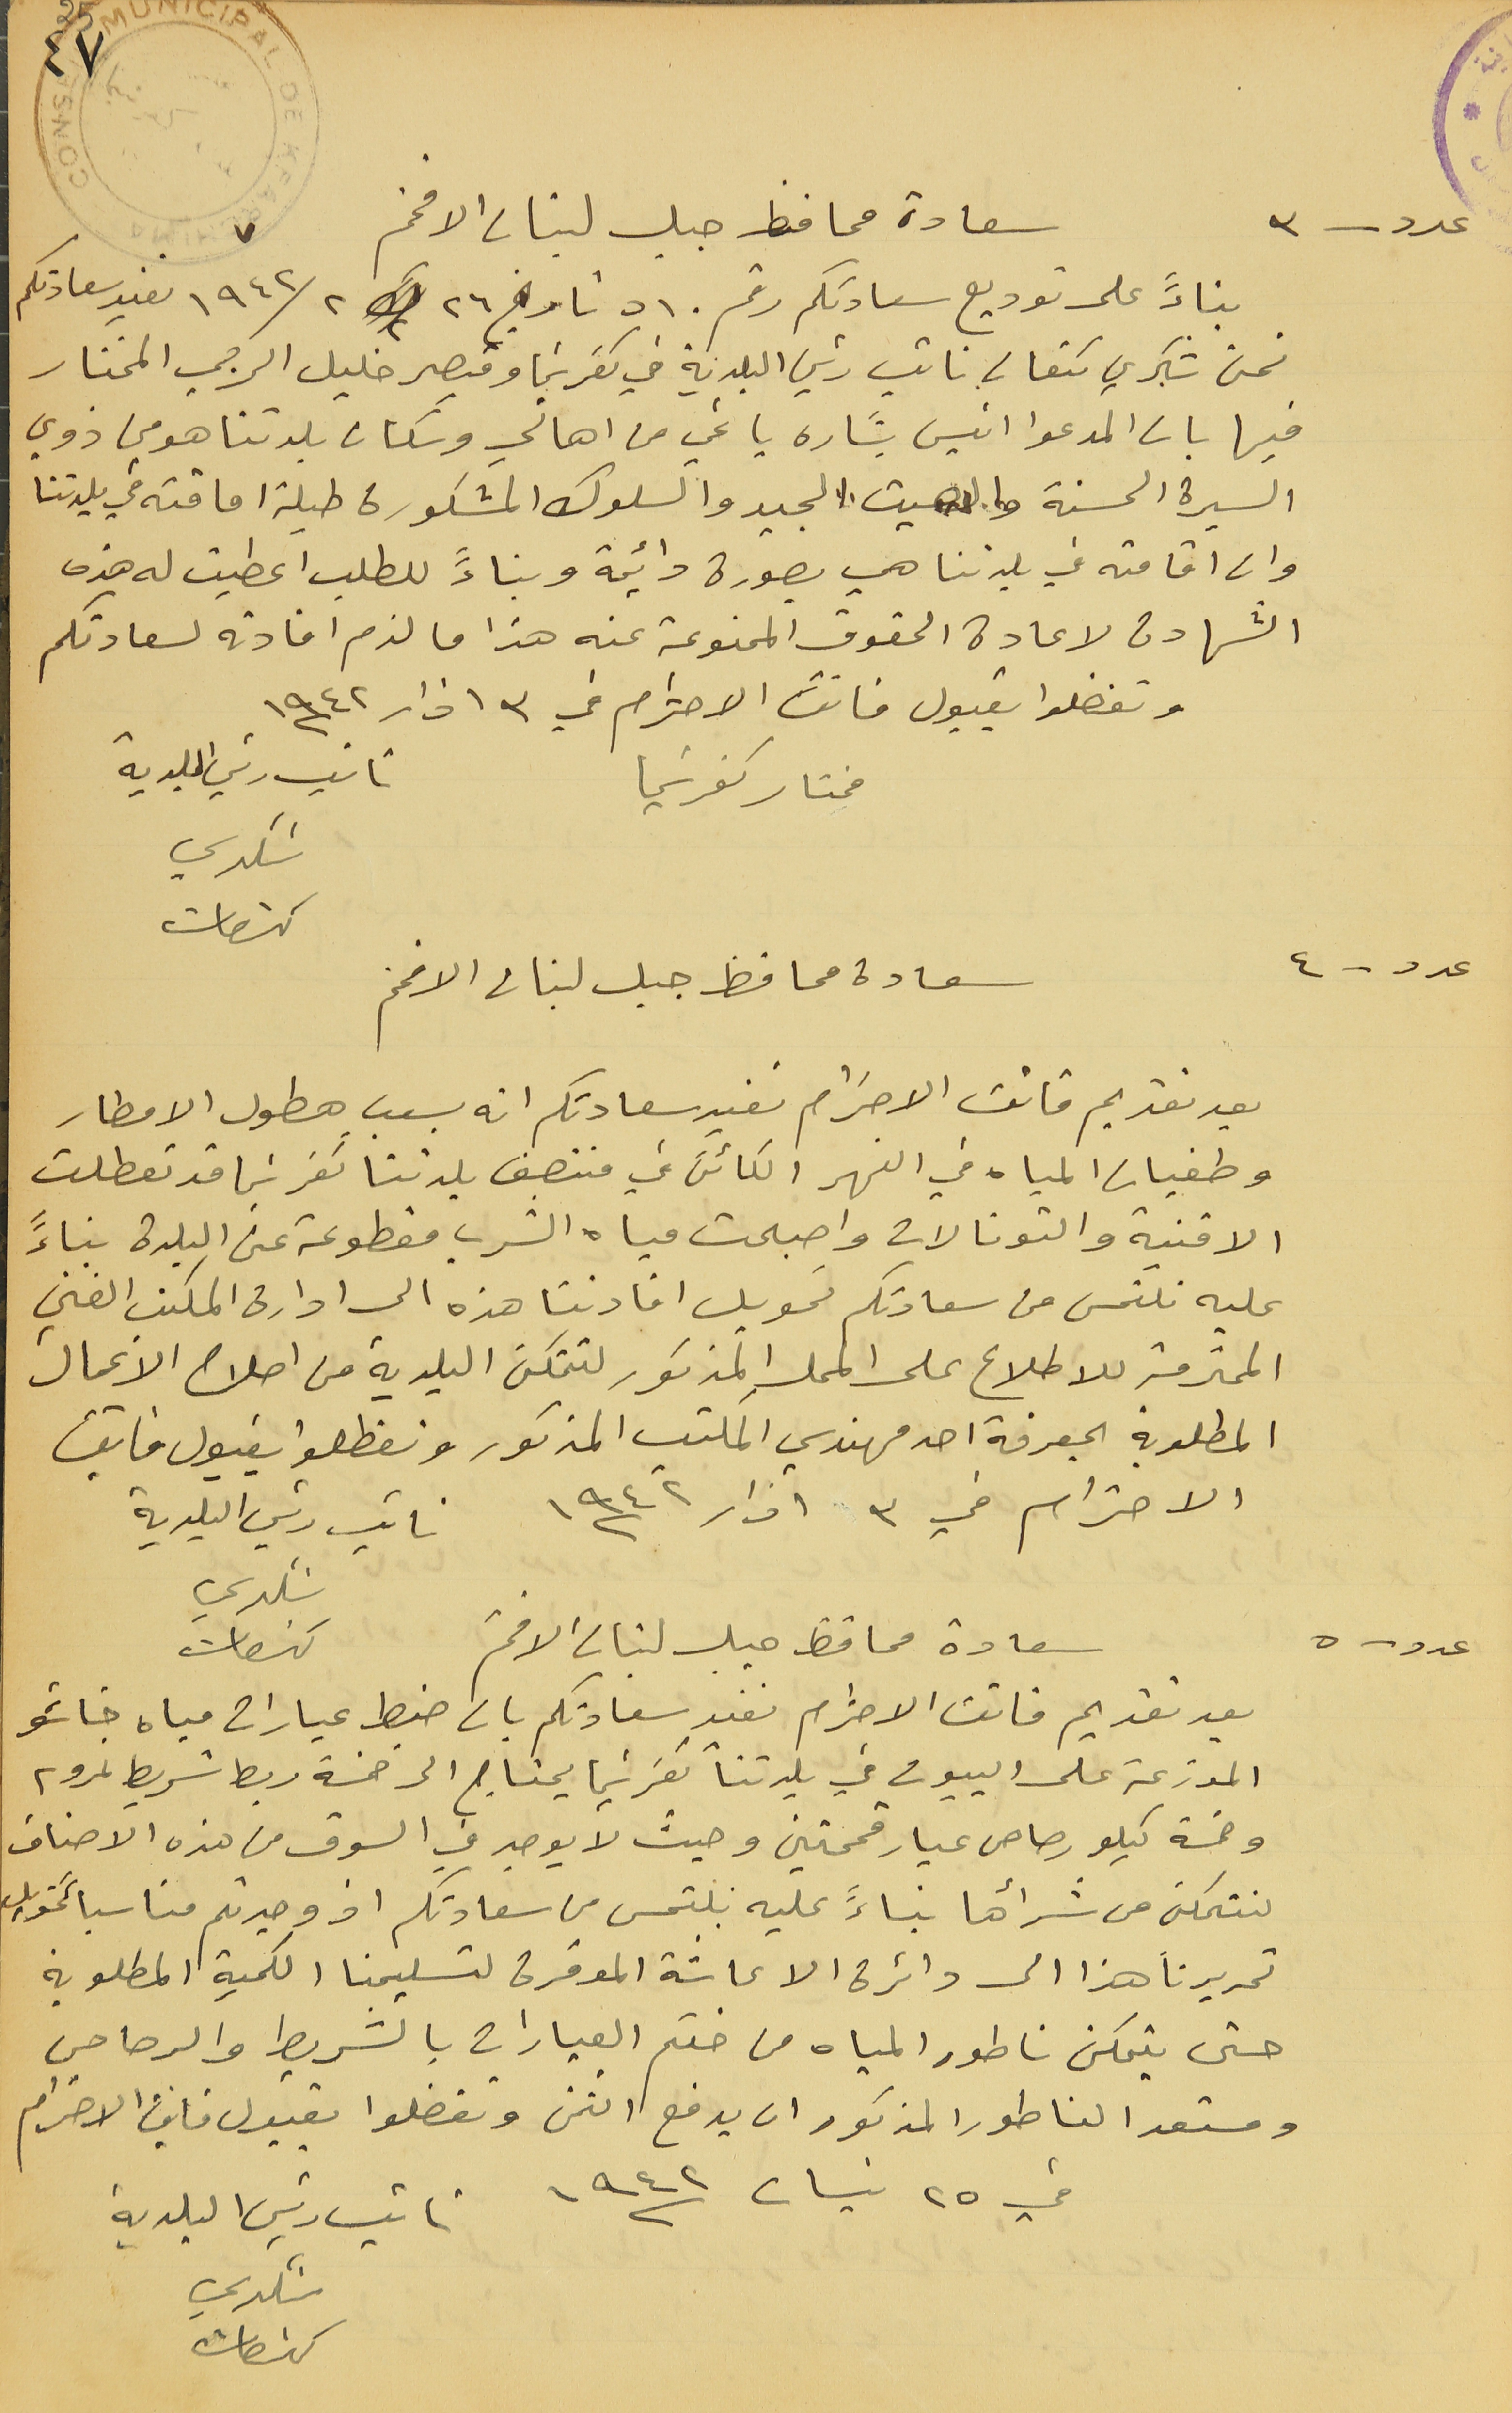
سعادة محافظ جبل لبنان الافخم
بناءً على توديع سعادتكم رقم ٥١٠ تاريخ ٢٦ ك٢ / ١٩٤٢ نفيد سعادتكم
نحن شكري كنعان نائب رئيس البلدية في كفرشيما وقيصر خليل الرجي المختار
فيها بان المدعوا انيس بشاره ياغي من اهالي وسكان بلدتنا هو من ذوي
السيرة الحسنة والصيت الجيد والسلوك المشكورة طيلة اماقته في بلدتنا
وان اقامته في بلدتنا هي بصورة دائمة وبناءً للطلب اعطيت له هذه
الشهادة لاعادة الحقوق الممنوعة عنه هذا ما لزم افادته لسعادتكم
وتفضلوا بقبول فائق الاحترام في ٣ اذار سنة ١٩٤٢
مختار كفرشيما
نائب رئيس البلدية شكري كنعان
عدد - ٤
سعادة محافظ جبل لبنان الافخم
بعد تقديم فائق الاحترام نفيد سعادتكم انه بسبب هطول الامطار
وطغيان المياه في النهر الكائن في منتصف بلدتنا كفرشيما قد تعطلت
الاقنية والتونالات واصبحت مياه الشرب مقطوعة عن البلدة بناءً
عليه نلتمس من سعادتكم تحويل افادتنا هذه الى ادارة المكتب الفني
المحترمة للاطلاع على المحلِ المذكور لتتمكن البلدية من اصلاح الاعمال
 المطلوبة بمعرفة احد مهندسي المكتب المذكور وتفطلوا بقبول فايق
الاحترام في ٣ آذار سنة ١٩٤٢
نائب رئيس البلدية شكري كنعان
عدد - ٥
بعد تقديم فائق الاحترام نفيد سعادتكم بان ضبط عيارات مياه خاشو
الموزعة على البيوت في بلدتنا كفرشيما يحتاج الى خمسة ربط شريط نمرو ٢
وخمسة كيلو رصاص عيار قمحتين وحيث لا يوجد في السوق من هذه الاصناف
لنتمكن من شرأها بناءً عليه نلتمس من سعادتكم اذ وجدتم مناسباً تحويل
تحريرنا هذا الى دائرة الاعاشة الموقرة لتسليمنا الكمية المطلوبة
حتى يتمكن ناطور المياه من ختم العيارات بالشريط والرصاص
ومستعد الناطور المذكور ان يدفع الثمن وتفضلوا بقبول فايق الاحترام
في ٢٥ نيسان سنة ١٩٤٢
نائب رئيس البلدية شكري كنعان
عدد - ٣
سعادة محافظ جبل لبنان الافخم
٤٧